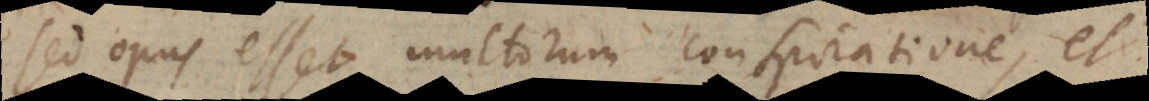
sed opus esset multorum conspiratione, et